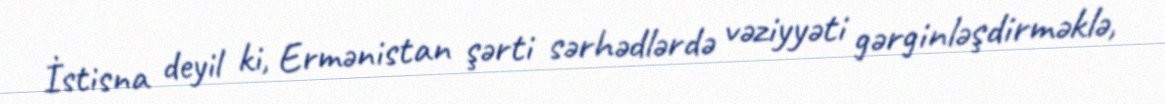
İstisna deyil ki, Ermənistan şərti sərhədlərdə vəziyyəti gərginləşdirməklə,